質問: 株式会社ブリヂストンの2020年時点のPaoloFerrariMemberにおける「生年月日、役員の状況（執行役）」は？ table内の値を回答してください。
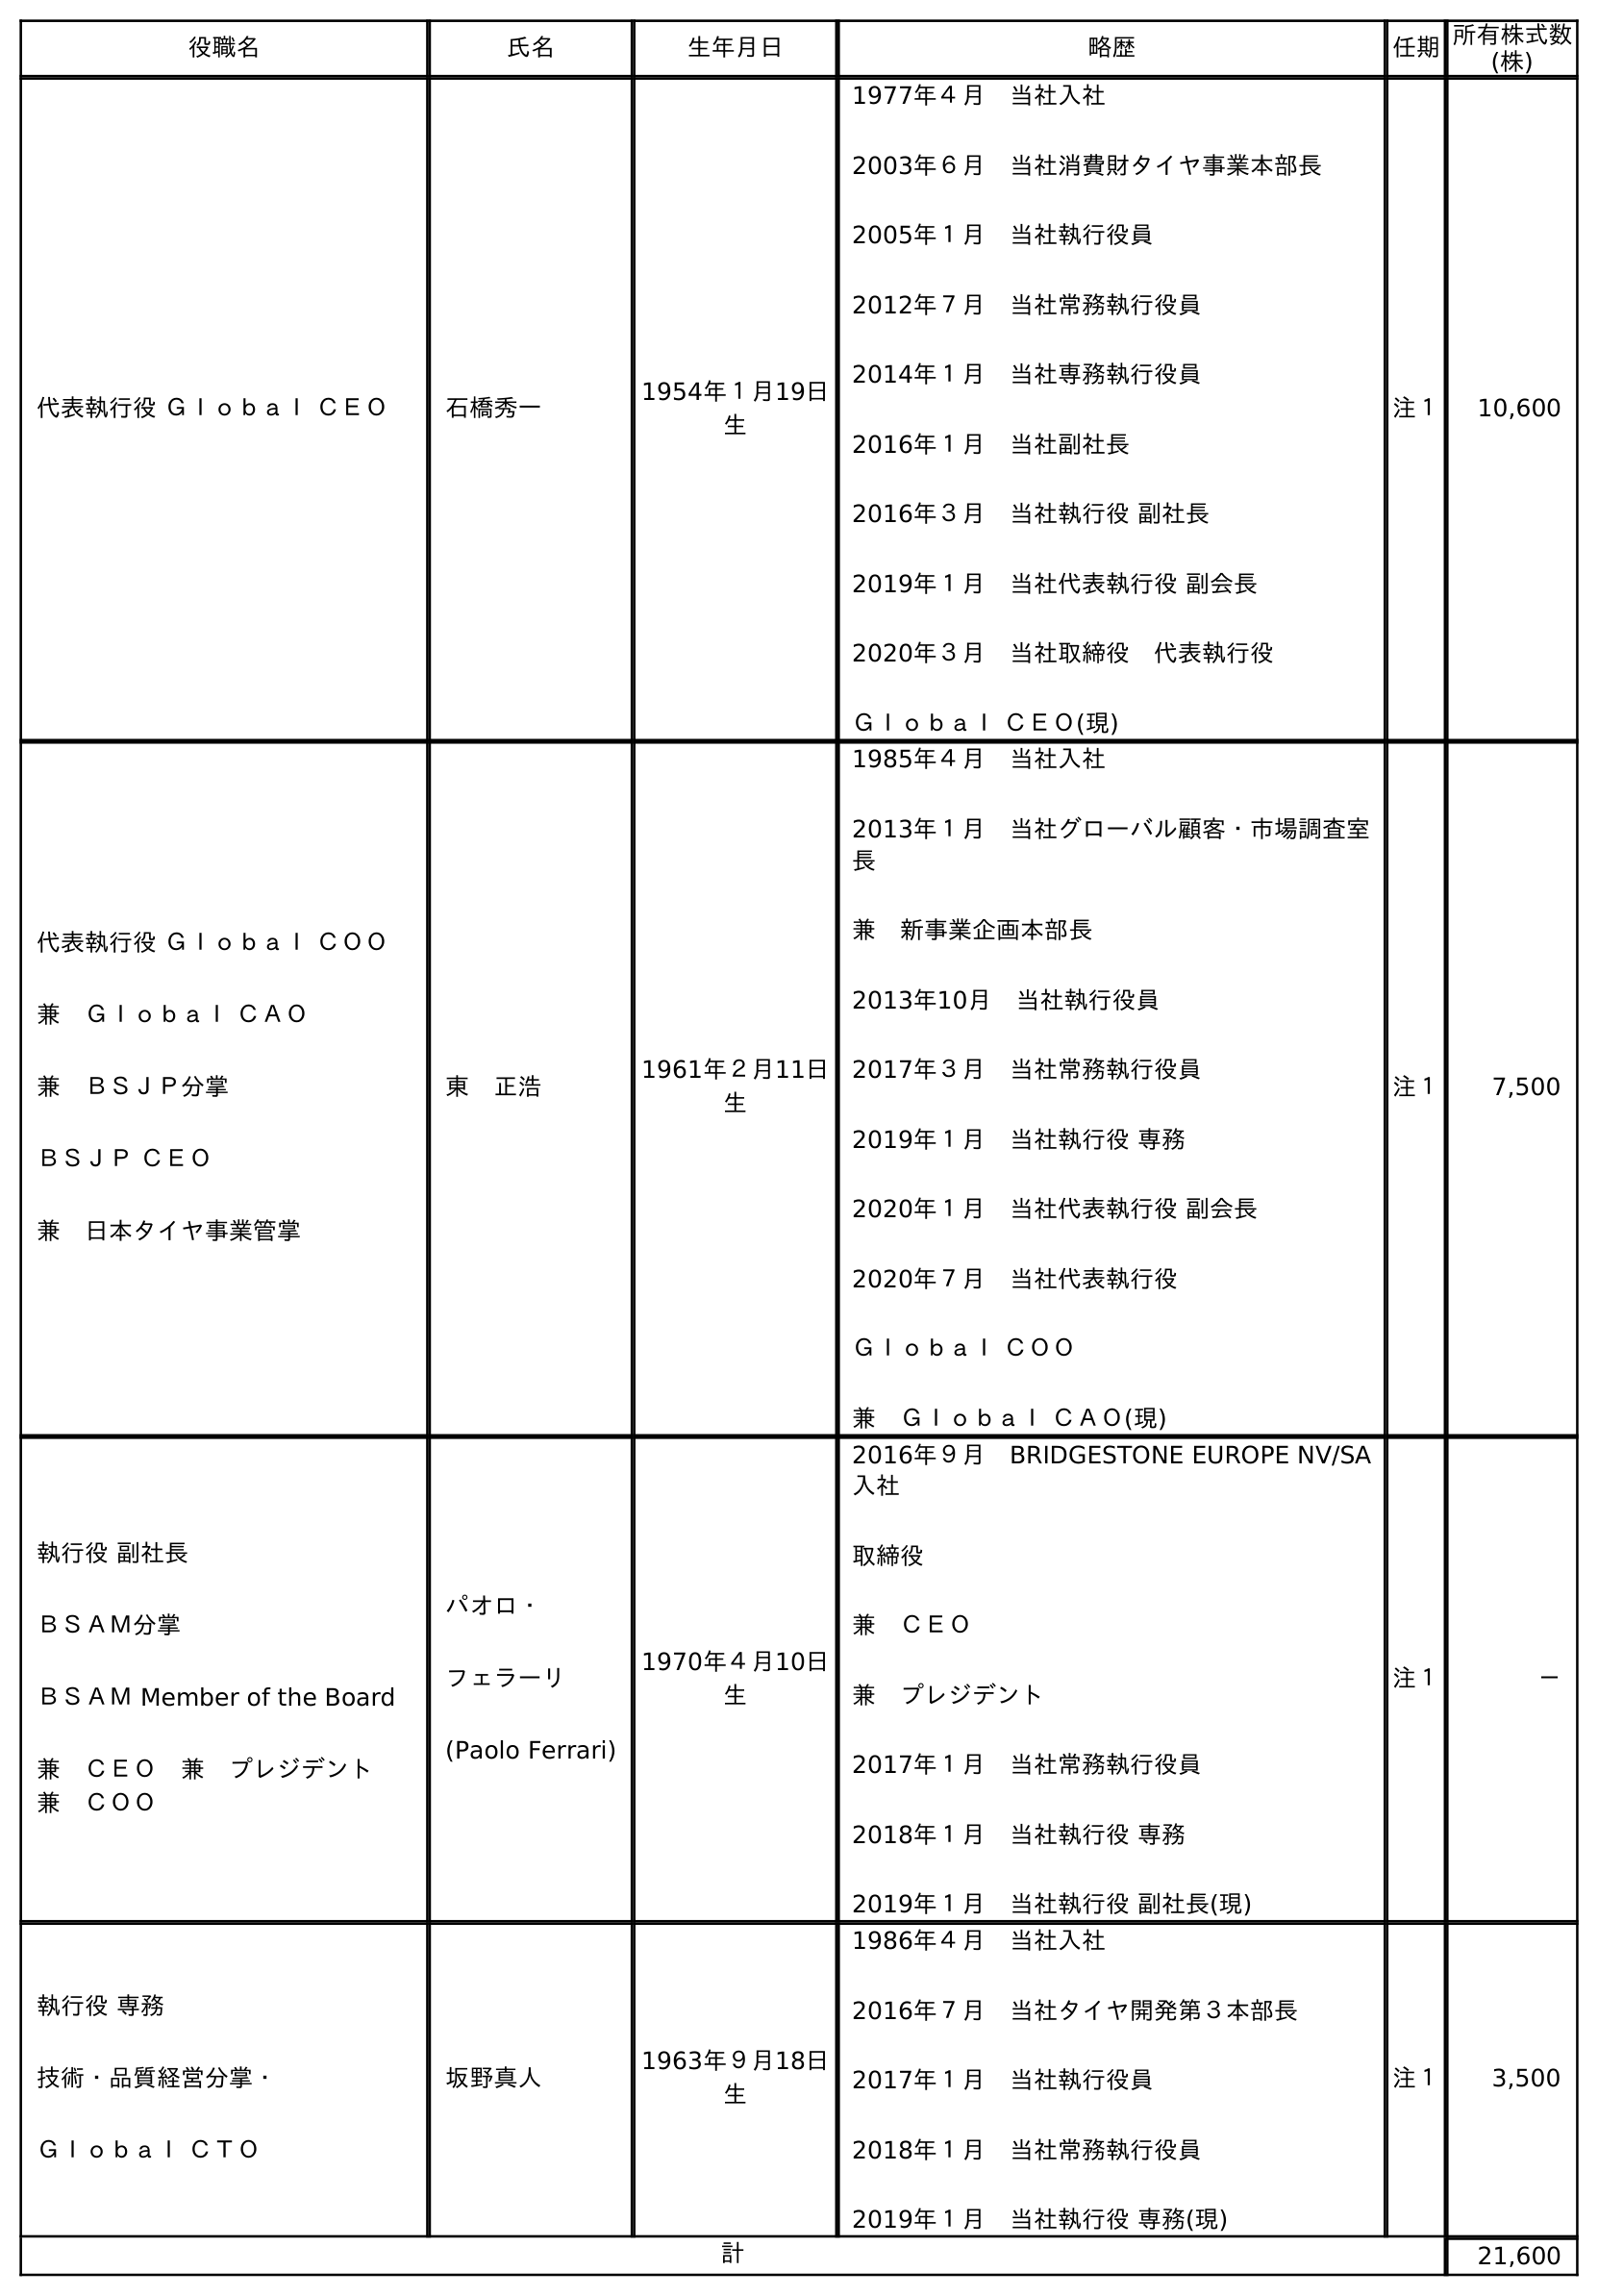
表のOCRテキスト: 役職名 氏名 生年月日 略歴 任期所有株式数 (株) 代表執行役 Ｇｌｏｂａｌ ＣＥＯ 石橋秀一 1954年１月19日 生 1977年４月 当社入社 2003年６月 当社消費財タイヤ事業本部長 2005年１月 当社執行役員 2012年７月 当社常務執行役員 2014年１月 当社専務執行役員 2016年１月 当社副社長 2016年３月 当社執行役 副社長 2019年１月 当社代表執行役 副会長 2020年３月 当社取締役 代表執行役 Ｇｌｏｂａｌ ＣＥＯ(現) 注１ 10,600 代表執行役 Ｇｌｏｂａｌ ＣＯＯ 兼 Ｇｌｏｂａｌ ＣＡＯ 兼 ＢＳＪＰ分掌 ＢＳＪＰ ＣＥＯ 兼 日本タイヤ事業管掌 東 正浩 1961年２月11日 生 1985年４月 当社入社 2013年１月 当社グローバル顧客・市場調査室 長 兼 新事業企画本部長 2013年10月 当社執行役員 2017年３月 当社常務執行役員 2019年１月 当社執行役 専務 2020年１月 当社代表執行役 副会長 2020年７月 当社代表執行役 Ｇｌｏｂａｌ ＣＯＯ 兼 Ｇｌｏｂａｌ ＣＡＯ(現) 注１ 7,500 執行役 副社長 ＢＳＡＭ分掌 ＢＳＡＭ Member of the Board 兼 ＣＥＯ 兼 プレジデント  兼 ＣＯＯ パオロ・ フェラーリ (Paolo Ferrari) 1970年４月10日 生 2016年９月 BRIDGESTONE EUROPE NV/SA 入社 取締役 兼 ＣＥＯ 兼 プレジデント 2017年１月 当社常務執行役員 2018年１月 当社執行役 専務 2019年１月 当社執行役 副社長(現) 注１ － 執行役 専務 技術・品質経営分掌・ Ｇｌｏｂａｌ ＣＴＯ 坂野真人 1963年９月18日 生 1986年４月 当社入社 2016年７月 当社タイヤ開発第３本部長 2017年１月 当社執行役員 2018年１月 当社常務執行役員 2019年１月 当社執行役 専務(現) 注１ 3,500 計 21,600
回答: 1970年４月10日生